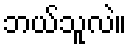
ဘယ်သူလဲ။